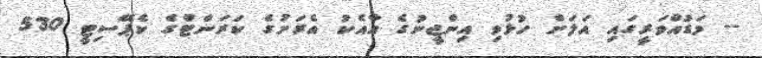
-- މަޑުއްވަރީގައި އަލަށް ހުޅުވި އިންޖީނުގެ އާއެކު އެރަށުގެ ކަރަންޓްުގެ ކެޕޭސިޓީ 530